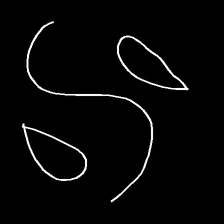
Glyph: water